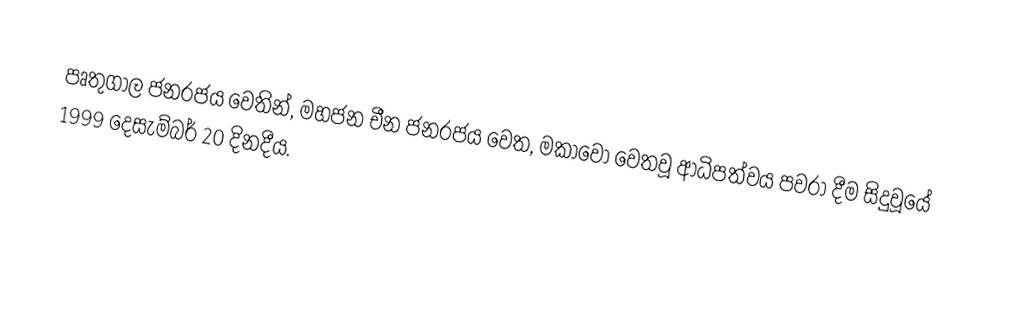
පෘතුගාල ජනරජය වෙතින්, මහජන චීන ජනරජය වෙත,  මකාවෝ වෙතවූ ආධිපත්වය පවරා දීම සිදුවූයේ 1999 දෙසැම්බර් 20 දිනදීය.